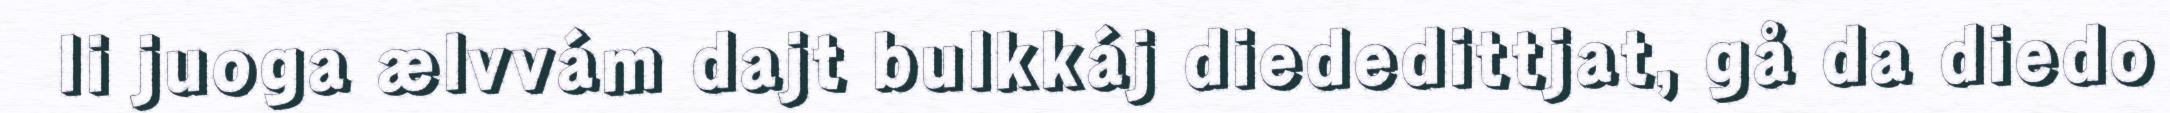
li juoga ælvvám dajt bulkkáj diededittjat, gå da diedo